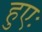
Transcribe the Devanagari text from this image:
हुएः